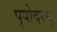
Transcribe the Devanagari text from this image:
पृषोदरम्